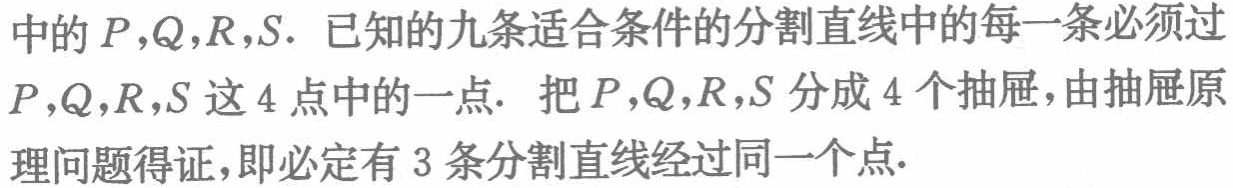
中的\(P,Q,R,S\). 已知的九条适合条件的分割直线中的每一条必须过\(P,Q,R,S\)这\(4\)点中的一点. 把\(P,Q,R,S\)分成\(4\)个抽屉, 由抽屉原理问题得证, 即必定有\(3\)条分割直线经过同一个点.